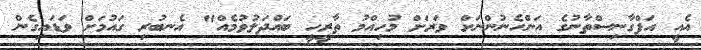
އެއީ އަފްގާނިސްތާނުގެ އަންހެނުންނަށް ވަރަށް މުހިއްމު ތާރީހީ ބައްދަލުވުމެއް" އެނބުރި ގައުމަށް ވަޑައިގެން